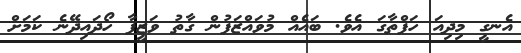
އެނގީ މިދިއަ ހަފްތާގަ އެވެ. ބައެއް މުވައްޒަފުން ގާތު ވަޒީފާ ހޯދައިދޭނެ ކަމަށް